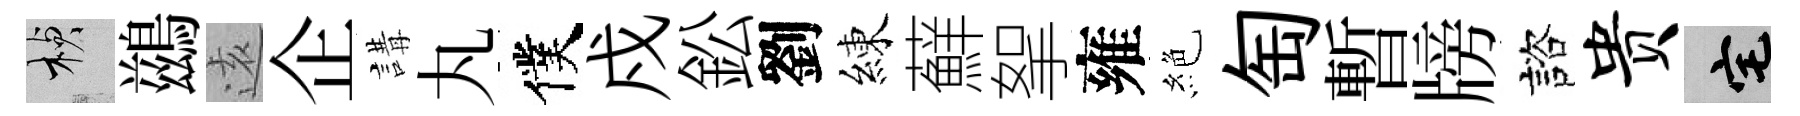
楨鷀逺企講丸僕戍鈆劉練蘚挐雍絶匋暫牓諮贵宅